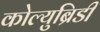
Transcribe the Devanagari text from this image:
कोल्युब्रिडी